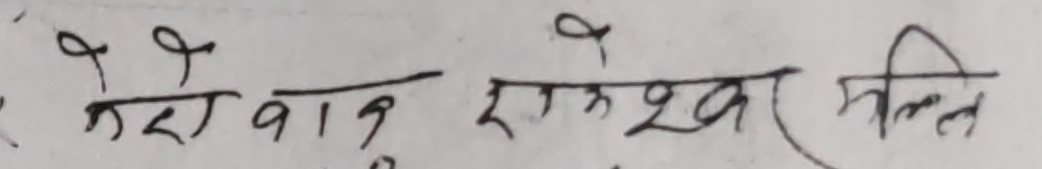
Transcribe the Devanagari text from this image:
कैरीवान् एकश्वर प्रति